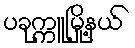
ပခုက္ကူမြို့နယ်